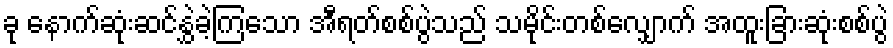
ခု နောက်ဆုံးဆင်နွှဲခဲ့ကြသော အီရတ်စစ်ပွဲသည် သမိုင်းတစ်လျှောက် အထူးခြားဆုံးစစ်ပွဲ